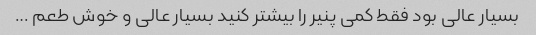
بسیار عالی بود فقط کمی پنیر را بیشتر کنید بسیار عالی و خوش طعم …